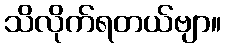
သိလိုက်ရတယ်ဗျာ။